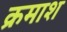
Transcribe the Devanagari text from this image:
क्रमाश